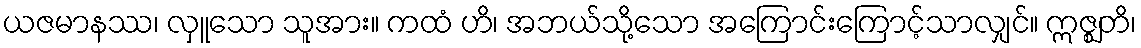
ယဇမာနဿ၊ လှူသော သူအား။ ကထံ ဟိ၊ အဘယ်သို့သော အကြောင်းကြောင့်သာလျှင်။ ဣဇ္ဈတိ၊